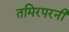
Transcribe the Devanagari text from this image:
तमिरपरनी